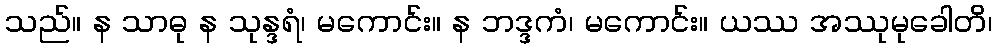
သည်။ န သာဓု န သုန္ဒရံ၊ မကောင်း။ န ဘဒ္ဒကံ၊ မကောင်း။ ယဿ အဿုမုခေါတိ၊